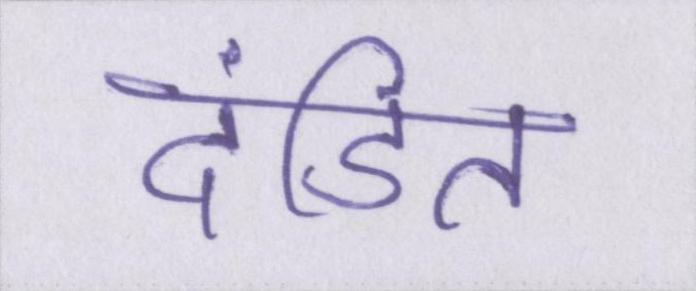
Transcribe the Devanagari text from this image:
दंडित